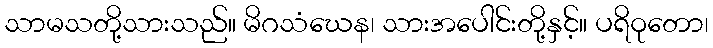
သာမသတို့သားသည်။ မိဂသံဃေန၊ သားအပေါင်းတို့နှင့်။ ပရိဝုတော၊